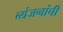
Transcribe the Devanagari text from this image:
व्यंजनांची